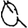
Digit: 0